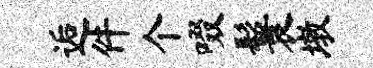
逅件个啜鬟墩